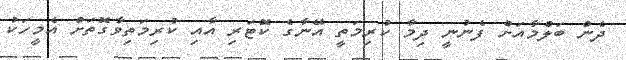
ދެން ބަލްމާއަށް ފެނުނީ ދިމާ ކުރިމަތީ އޭނާގެ ކޮޓަރި އާއި ކުރިމަތިވާގޮތަށް އެމީހަކު